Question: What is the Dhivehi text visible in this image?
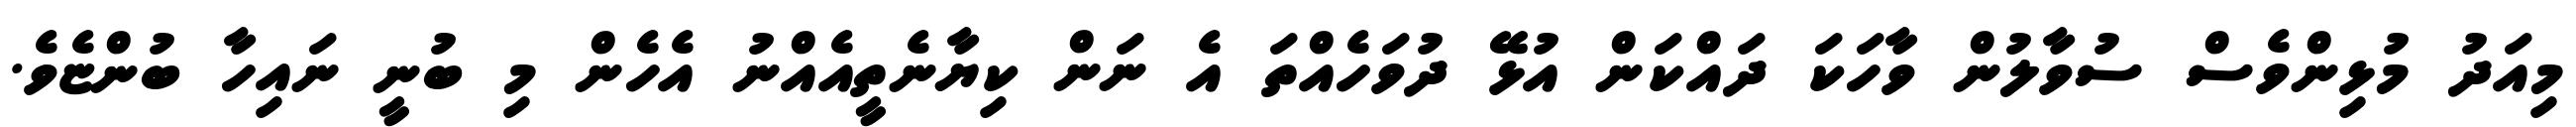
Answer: މިއަދު މުޅިންވެސް ސުވާލުން ވާހަކަ ދައްކަން އުޅޭ ދުވަހެއްތަ އެ ނަން ކިޔާނެތީއެއްނު އެހެން މި ބުނީ ނައިހާ ބުންޏެވެ.